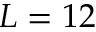
L = 1 2